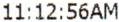
11:12:56AM